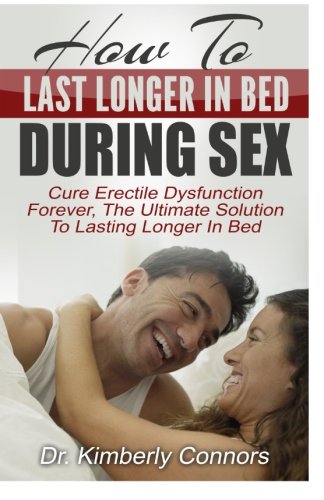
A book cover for How To Last Longer In Bed During Sex: Cure Erectile Dysfunction Forever, The Ultimate Solution To Lasting Longer In Bed; Dr. Kimberly Connors; Health, Fitness & Dieting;